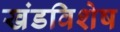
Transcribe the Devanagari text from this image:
खंडविशेष